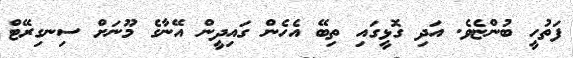
ފަތުހީ ބުންޏެވެ. އަދި ގޮޅީގައި ތިބޭ އެހެން ގައިދީން އޭނާގެ މޫނަށް ސިނގިރޭޓް